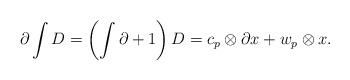
LaTeX: \begin{align*}\partial \int D = \left( \int \partial + 1 \right) D = c_p \otimes \partial x + w_p \otimes x.\end{align*}